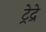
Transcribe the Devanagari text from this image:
ट्रेद्रे